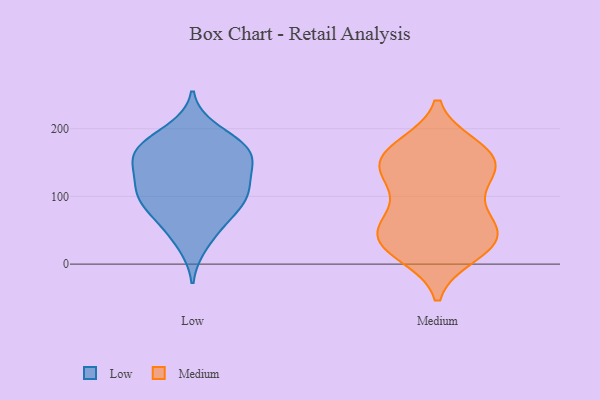
{"axis": {"x": "Population (Million)", "y": "Value"}, "legend": ["Low", "Medium"], "data": [{"x": "", "y": 174, "type": "Low"}, {"x": "", "y": 102, "type": "Low"}, {"x": "", "y": 109, "type": "Low"}, {"x": "", "y": 102, "type": "Low"}, {"x": "", "y": 53, "type": "Low"}, {"x": "", "y": 99, "type": "Low"}, {"x": "", "y": 168, "type": "Low"}, {"x": "", "y": 141, "type": "Low"}, {"x": "", "y": 148, "type": "Low"}, {"x": "", "y": 110, "type": "Low"}, {"x": "", "y": 29, "type": "Low"}, {"x": "", "y": 160, "type": "Low"}, {"x": "", "y": 70, "type": "Low"}, {"x": "", "y": 78, "type": "Low"}, {"x": "", "y": 181, "type": "Low"}, {"x": "", "y": 143, "type": "Low"}, {"x": "", "y": 169, "type": "Low"}, {"x": "", "y": 198, "type": "Low"}, {"x": "", "y": 15, "type": "Medium"}, {"x": "", "y": 160, "type": "Medium"}, {"x": "", "y": 119, "type": "Medium"}, {"x": "", "y": 25, "type": "Medium"}, {"x": "", "y": 46, "type": "Medium"}, {"x": "", "y": 25, "type": "Medium"}, {"x": "", "y": 134, "type": "Medium"}, {"x": "", "y": 65, "type": "Medium"}, {"x": "", "y": 149, "type": "Medium"}, {"x": "", "y": 31, "type": "Medium"}, {"x": "", "y": 113, "type": "Medium"}, {"x": "", "y": 145, "type": "Medium"}, {"x": "", "y": 41, "type": "Medium"}, {"x": "", "y": 70, "type": "Medium"}, {"x": "", "y": 173, "type": "Medium"}, {"x": "", "y": 160, "type": "Medium"}, {"x": "", "y": 56, "type": "Medium"}, {"x": "", "y": 170, "type": "Medium"}]}